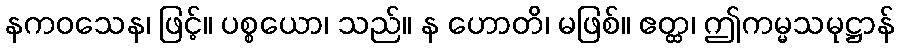
နကဝသေန၊ ဖြင့်။ ပစ္စယော၊ သည်။ န ဟောတိ၊ မဖြစ်။ ဧတ္ထ၊ ဤကမ္မသမုဋ္ဌာန်